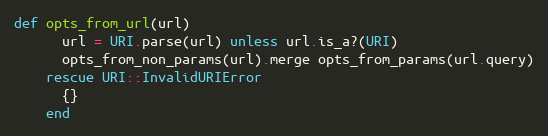
Language: Ruby
def opts_from_url(url)
      url = URI.parse(url) unless url.is_a?(URI)
      opts_from_non_params(url).merge opts_from_params(url.query)
    rescue URI::InvalidURIError
      {}
    end